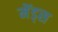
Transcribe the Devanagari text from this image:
मेंड्स